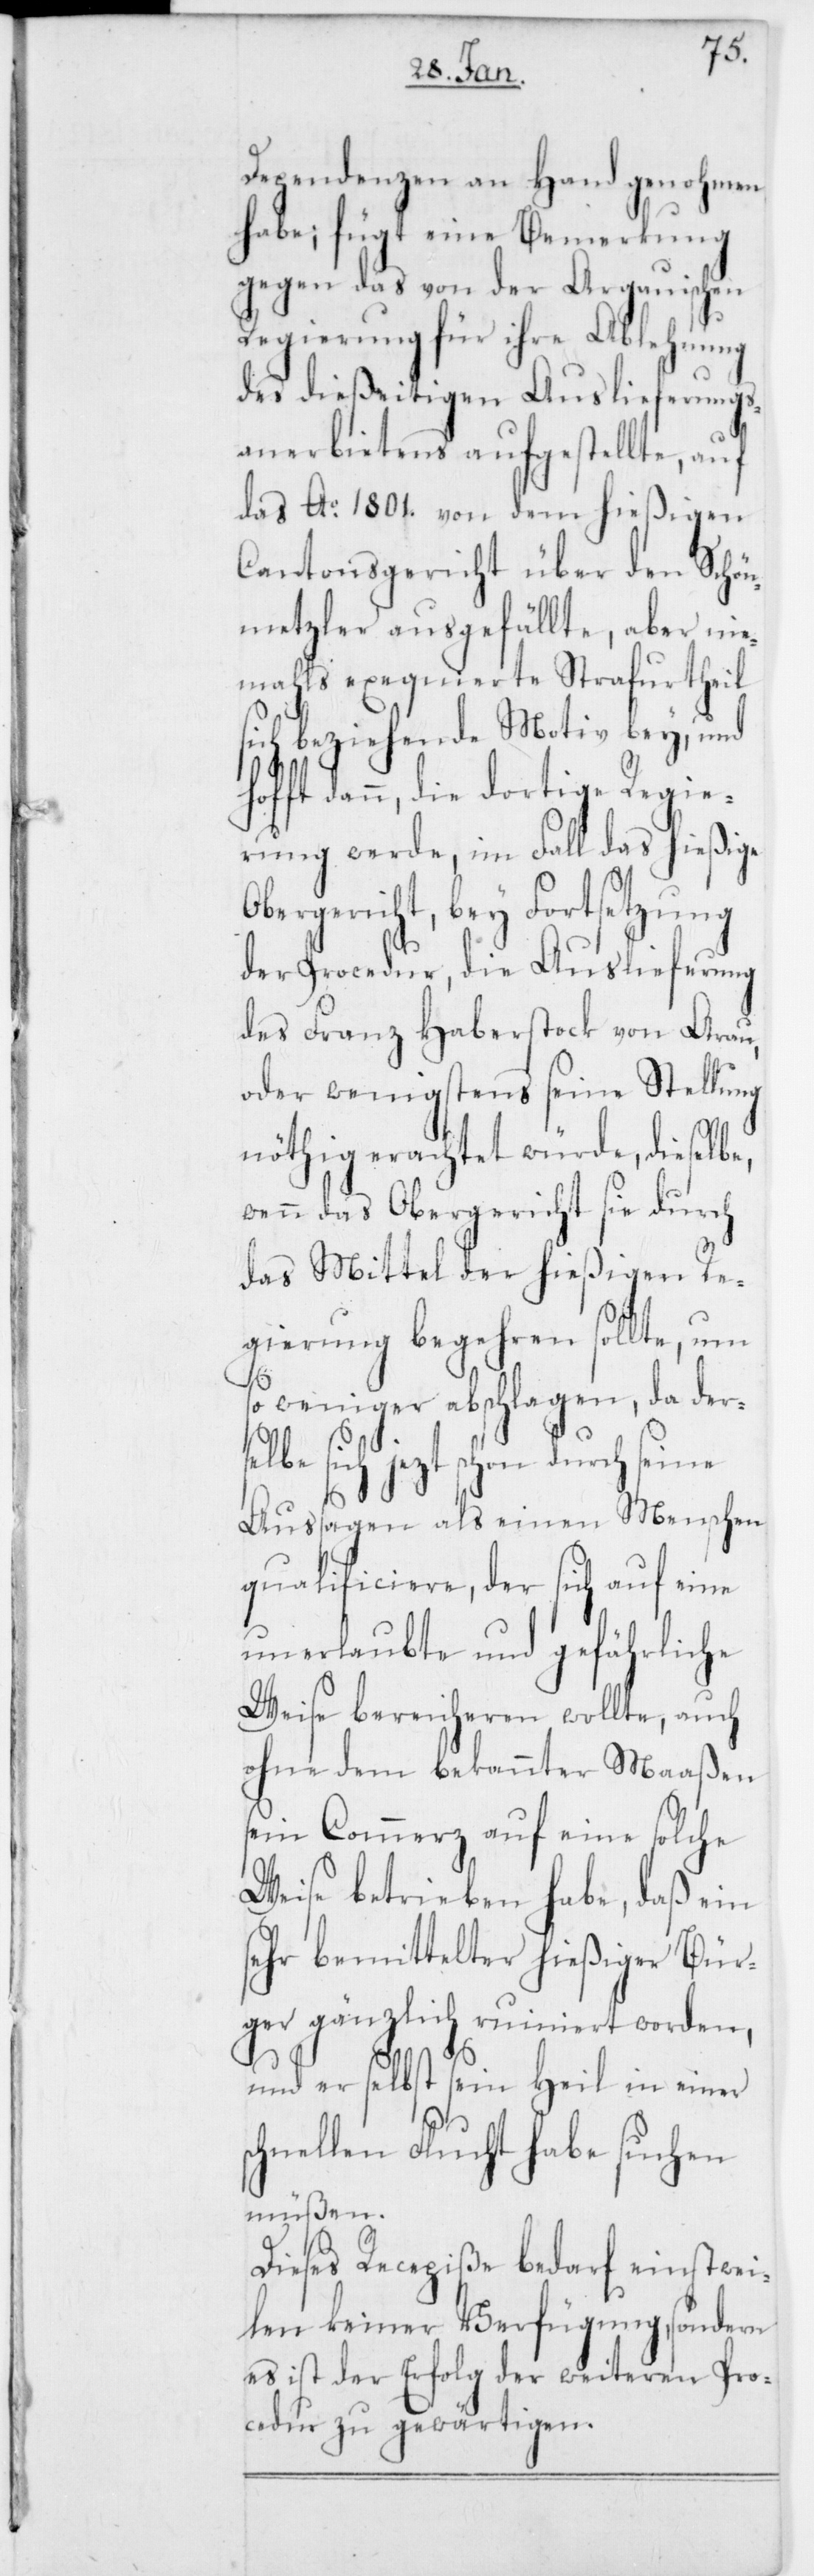
Dependenzen an Hand genohmen
habe; fügt eine Bemerkung
gegen das von der Argauischen
Regierung für ihre Ablehnung
des dießeitigen Auslieferungs¬
anerbietens aufgestellte, auf
das Ao. 1801. von dem hießigen
Cantonsgericht über den Schön¬
metzler ausgefällte, aber nie¬
mahls exequierte Strafurtheil
sich beziehende Motiv bey, und
ft dann, die dortige Regie¬
rung werde, im Fall das hießige
ergericht, bey Fortsetzung
der Procedur, die Auslieferung
des Franz Haberstock von Arau,
oder wenigstens seine Stellung
nöthig erachtet würde, dieselbe,
wenn das Obergericht sie durch
das Mittel der hießigen Re¬
gierung begehren sollte, um
sich
so weniger abschlagen, da ders¬
jezt schon durch seine
Aussagen als einen Menschen
qualificiere, der sich auf eine
unerlaubte und gefährliche
Weise bereicheren wollte, auch
ohne dem bekannter Maaßen
sein Commerz auf eine solche
Weise betrieben habe, daß ein
sehr bemittelter hießiger Bür¬
ger gänzlich ruiniert worden,
und er selbst sein Heil in einer
schnellen Flucht habe suchen
müßen.
Dieses Recepiße bedarf einstwei¬
len keiner Verfügung, sondern
es ist der Erfolg der weiteren Pro¬
cedur zu gewärtigen.